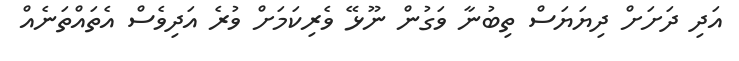
އަދި ދަށަށް ދިޔަޔަސް ތިބުނާ ވަގުން ނޫޅޭ ވެރިކަމަށް ވުރެ އަދިވެސް އެތައްތަނެއް